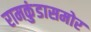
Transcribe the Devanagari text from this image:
रामकुंडासमोर